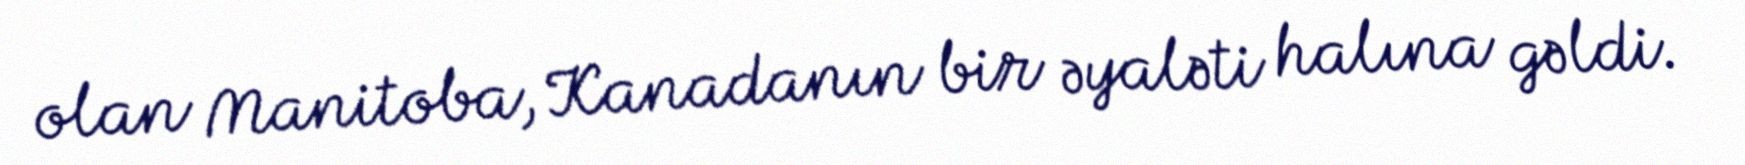
olan Manitoba, Kanadanın bir əyaləti halına gəldi.